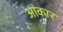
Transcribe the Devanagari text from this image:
आंकार